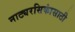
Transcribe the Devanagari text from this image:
नाट्यरसिकांसाठी